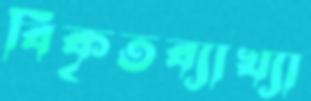
বিকৃতব্যাখ্যা